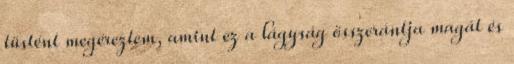
tüstént megéreztem, amint ez a lágyság összerántja magát és